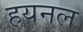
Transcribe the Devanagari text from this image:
हयनल